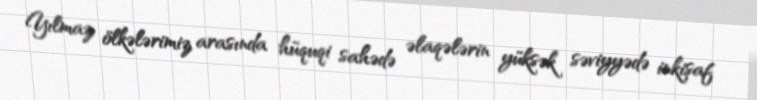
Yılmaz ölkələrimiz arasında hüquqi sahədə əlaqələrin yüksək səviyyədə inkişaf